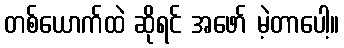
တစ်ယောက်ထဲ ဆိုရင် အဖော် မဲ့တာပေါ့။